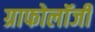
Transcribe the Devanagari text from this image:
ग्राफोलॉजी